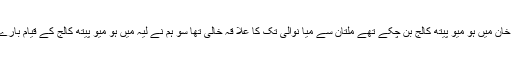
اس زما نے میں ملتان اور ڈی جی خان میں ہو میو پیتھ کالج بن چکے تھے ملتان سے میا نوالی تک کا علا قہ خالی تھا سو ہم نے لیہ میں ہو میو پیتھ کالج کے قیام بارے سنجیدہ کو ششوں کا آ غاز کر دیا۔